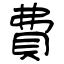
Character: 費